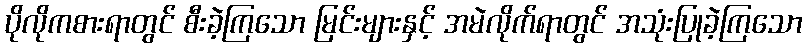
ပိုလိုကစားရာတွင် စီးခဲ့ကြသော မြင်းများနှင့် အမဲလိုက်ရာတွင် အသုံးပြုခဲ့ကြသော